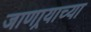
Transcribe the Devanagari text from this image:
जाणार्‍याच्या